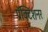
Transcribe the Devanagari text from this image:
प्रॅक्टिशनर